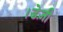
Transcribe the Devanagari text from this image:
।डेज़ी